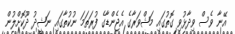
އޭނާ ވެސް ވިދާޅުވި ގޮތުގަައި މަޝްވަރާގެ އެޖެންޑާގެ ފުުރަތަމަ ނުކުތާގައި ނަޝީދު ދޫކޮށްލުން